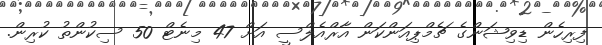
ފިރިހެން ޑިވިޝަންގެ ޗެމްޕިއަންކަން އާރްއެލްސީ އަށް 47 މިނެޓް 50 ސިކުންތު ކުރިން.